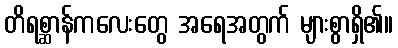
တိရစ္ဆာန်ကလေးတွေ အရေအတွက် များစွာရှိ၏။